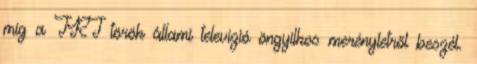
míg a TRT török állami televízió öngyilkos merényletről beszél.